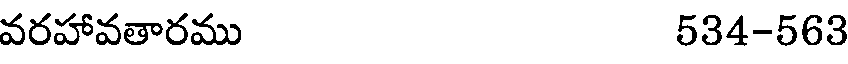
వరహావతారము 534-563